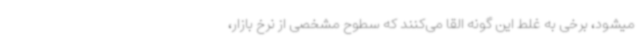
میشود، برخی به غلط این گونه القا می‌کنند که سطوح مشخصی از نرخ بازار،